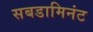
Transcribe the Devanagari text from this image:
सबडामिनंट